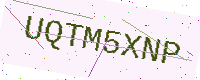
Text: UQTM5XNP